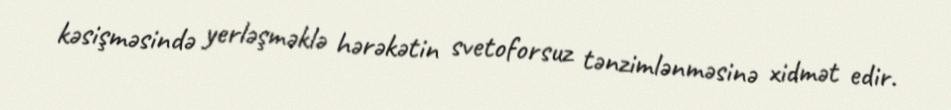
kəsişməsində yerləşməklə hərəkətin svetoforsuz tənzimlənməsinə xidmət edir.